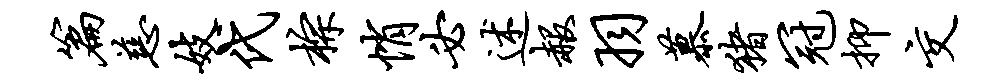
篇慈妓代棕悄必述赧羽慕猪冠抑交